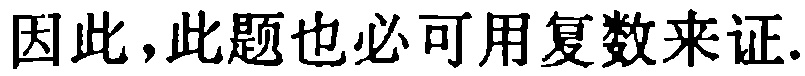
因此,此题也必可用复数来证.